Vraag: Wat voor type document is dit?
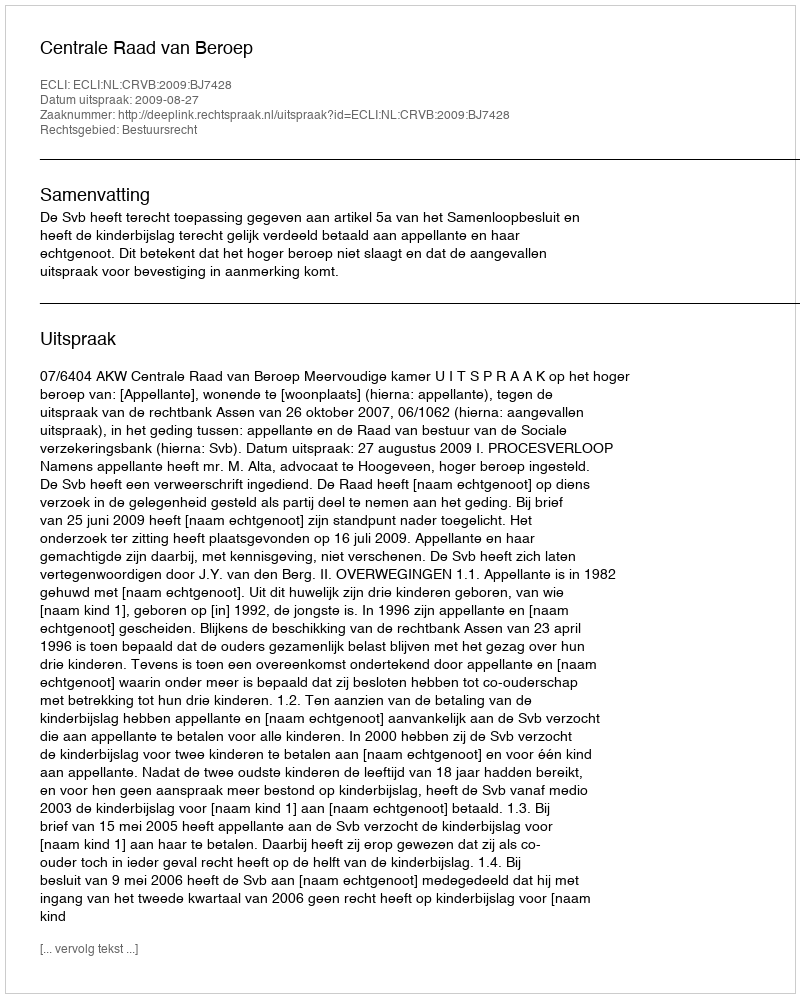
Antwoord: Uitspraak